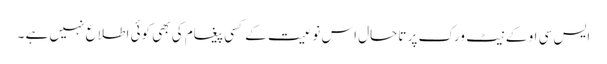
ایس سی او کے نیٹ ورک پر تاحال اس نوعیت کے کسی پیغام کی بھی کوئی اطلاع نہیں ہے ۔